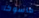
ماسوكا